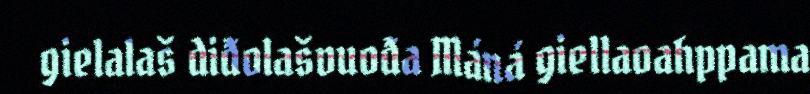
gielalaš diđolašvuođa Máná giellaoahppama